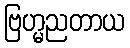
ဗြဟ္မညတာယ